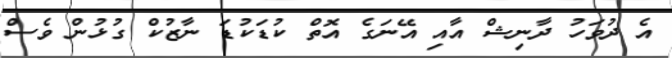
އެ ދުވަހު ދާނިޝް އާއި އޭނަގެ އޮތް ކުޑަކުޑަ ނާޒުކް ގުޅުން ވެސް